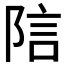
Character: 𬯂